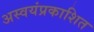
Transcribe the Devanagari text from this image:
अस्वयंप्रकाशित